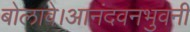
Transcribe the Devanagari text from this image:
बोलावे।आनंदवनभुवनी